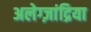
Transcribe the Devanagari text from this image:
अलेग्ज़ांद्रिया